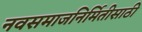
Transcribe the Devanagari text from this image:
नवसमाजनिर्मितीसाठी